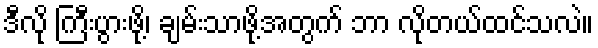
ဒီလို ကြီးပွားဖို့၊ ချမ်းသာဖို့အတွက် ဘာ လိုတယ်ထင်သလဲ။